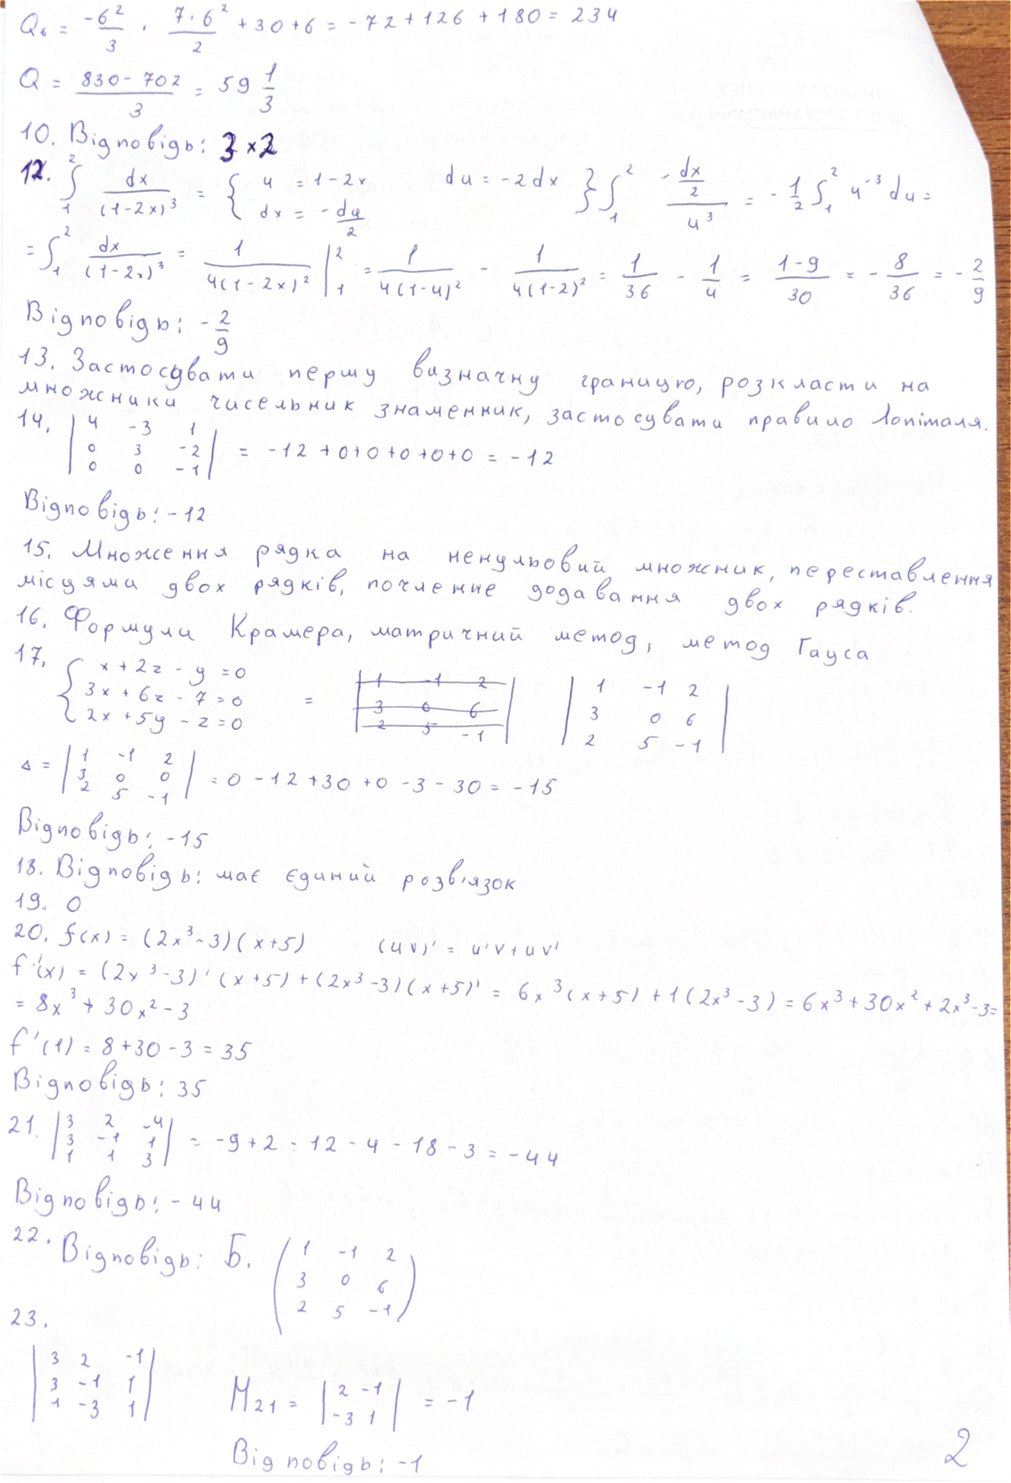
Q₆ = (-6² / 3) ‧ (7 ‧ 6² / 2) + 30 + 6 = -72 + 126 + 180 = 234
Q = (830 - 702) / 3 = 59 1/3
10. Відповідь: 3 x 2
12. ∫₁² dx / (1 - 2x)³ = { u = 1 - 2x, dх= -2 du/2   du  = -2dх } ∫₁² -dx/2 / u³ = -1/2 ∫₁² u⁻³ du =
1 / (1 - 2x)^3 ( dx = - du / 2 ) ∫_1^2 du / u^3 = 1/2 ∫_1^2 = ∫_1^2 dx / (1 - 2x)^3 = 1 / 4(1 - 2x)^2 |_1^2 = 1 / 4(1 - 4)^2 - 1 / 4(1 - 2)^2 = 1 / 36 - 1 / 4 = 1 - 9 / 36 = - 8 / 36 = - 2 / 9
Відповідь: - 2/9
13. Застосувати першу визначну границю, розкласти на
множники чисельник знаменник, застосувати правило Лопіталя.
14. | 4 -3 1 | | 0 3 -2| |  0 0 -1 | = -12 + 0 = -12
Відповідь: -12
15. Множення рядка на ненульовий множник, переставлення
місцями двох рядків, почленне додавання двох рядків.
16. Формули Крамера, матричний метод, метод Гауса
17, { x + 2z - y = 0 3x + 6z - 7 = 0 2x + 5y - z = 0 = ~~| 1 -1 2 | | 3 0 6 | | 2 5 -1 |~~ | 1 -1 2 | | 3 0 6 | | 2 5 -1 |
Δ = | 1 -1 2 | | 3 0 0 | | 2 5 -1 | = 0 - 12 + 30 + 0 - 3 - 30 = - 15
Відповідь : -15
18. Відповідь: має єдиний розв'язок
19. 0
20. f(x) = (2x³ - 3)(x + 5) (uv)' = u'v + uv
f'(x) = (2x³ - 3)'(x + 5) + (2x³ - 3)(x + 5)' = 6x³(x + 5) + 1(2x³ - 3) = 6x³ + 30x² + 2x³ - 3 =
= 8x³ + 30x² - 3
f'(1) = 8 + 30 - 3 = 35
Відповідь: 35
21. | 3 -2 -4 | | 3 -1 1| | 1 1 3 | = -9 + 2 -12 -4 -18 -3 = -44
Відповідь: - 44
22. Відповідь: Б. |1 -1 2 ||3 0 6|| 2 5 -1 |
23. ( 3 2 -1 ) | 3 -1 1 | | 1 -3 1 |  M21 = | 2 -1 | | -3 1 | = -1
2
Відповідь: -1